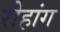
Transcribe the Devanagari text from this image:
रोहांग